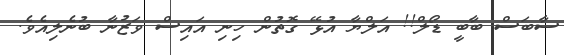
ސާބަސް ބާބީ ޑޯލް!! އަލްޔާ އުޅޭ ގޮތުން ހިނި އައިސް ވަޒުނާ ބުނެލިއެވެ.